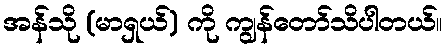
အန်သို (မာရှယ်) ကို ကျွန်တော်သိပါတယ်။